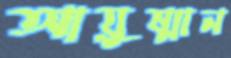
আয়ুষ্মান